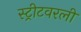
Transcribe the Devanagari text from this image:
स्ट्रीटवरली